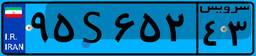
۹۵S۶۵۲۴۳